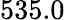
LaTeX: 535.0